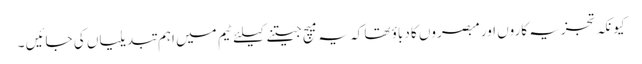
کیونکہ تجزیہ کاروں اور مبصروں کا دباؤ تھا کہ یہ میچ جیتنے کیلئے ٹیم میں اہم تبدیلیاں کی جائیں ۔